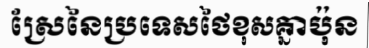
ស្រែនៃប្រទេសថៃខុសគ្នាប៉ុន